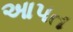
આપત